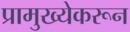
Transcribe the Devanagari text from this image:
प्रामुख्येकरून